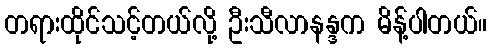
တရားထိုင်သင့်တယ်လို့ ဦးသီလာနန္ဒက မိန့်ပါတယ်။